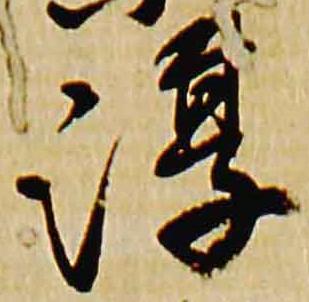
淳